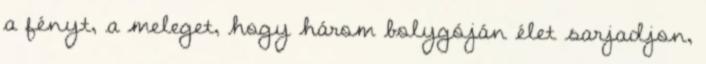
a fényt, a meleget, hogy három bolygóján élet sarjadjon,